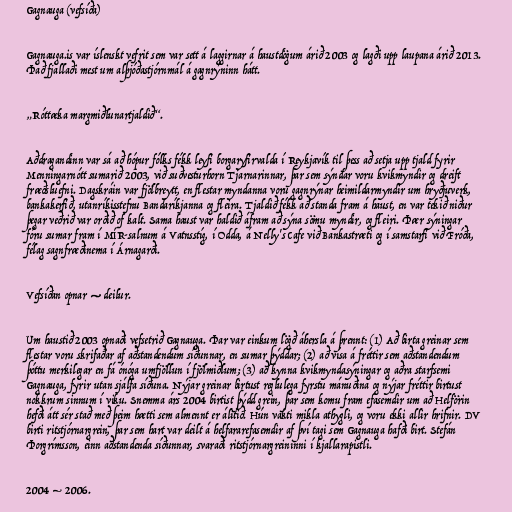
Gagnauga (vefsíða)

Gagnauga.is var íslenskt vefrit sem var sett á laggirnar á haustdögum árið 2003 og lagði upp laupana árið 2013.
Það fjallaði mest um alþjóðastjórnmál á gagnrýninn hátt.

„Róttæka margmiðlunartjaldið“.

Aðdragandinn var sá að hópur fólks fékk leyfi borgaryfirvalda í Reykjavík til þess að setja upp tjald fyrir
Menningarnótt sumarið 2003, við suðvesturhorn Tjarnarinnar, þar sem sýndar voru kvikmyndir og dreift
fræðsluefni. Dagskráin var fjölbreytt, en flestar myndanna voru gagnrýnar heimildarmyndir um hryðjuverk,
bankakerfið, utanríkisstefnu Bandaríkjanna og fleira. Tjaldið fékk að standa fram á haust, en var tekið niður
þegar veðrið var orðið of kalt. Sama haust var haldið áfram að sýna sömu myndir, og fleiri. Þær sýningar
fóru sumar fram í MÍR-salnum á Vatnsstíg, í Odda, á Nelly's Cafe við Bankastræti og í samstarfi við Fróða,
félag sagnfræðinema í Árnagarði.

Vefsíðan opnar — deilur.

Um haustið 2003 opnaði vefsetrið Gagnauga. Þar var einkum lögð áhersla á þrennt: (1) Að birta greinar sem
flestar voru skrifaðar af aðstandendum síðunnar, en sumar þýddar; (2) að vísa á fréttir sem aðstandendum
þóttu merkilegar en fá ónóga umfjöllun í fjölmiðlum; (3) að kynna kvikmyndasýningar og aðra starfsemi
Gagnauga, fyrir utan sjálfa síðuna. Nýjar greinar birtust reglulega fyrstu mánuðina og nýjar fréttir birtust
nokkrum sinnum í viku. Snemma árs 2004 birtist þýdd grein, þar sem komu fram efasemdir um að Helförin
hefði átt sér stað með þeim hætti sem almennt er álitið. Hún vakti mikla athygli, og voru ekki allir hrifnir. DV
birti ritstjórnargrein, þar sem hart var deilt á helfararefasemdir af því tagi sem Gagnauga hafði birt. Stefán
Þorgrímsson, einn aðstandenda síðunnar, svaraði ritstjórnargreininni í kjallarapistli.

2004 – 2006.